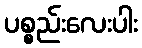
ပစ္စည်းလေးပါး